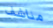
مناشف